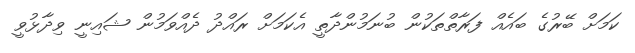
ކަމަށް ބޭރުގެ ބައެއް ފަރާތްތަކުން ބުނަމުންދާތީ އެކަމަށް ރައްދު ދެއްވަމުން ޝައިނީ ވިދާޅުވީ